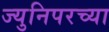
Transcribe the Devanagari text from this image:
ज्युनिपरच्या